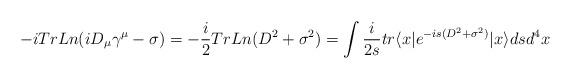
LaTeX: \begin{align*}-iTrLn (i D_{\mu}\gamma^{\mu} - \sigma) = -\frac{i}{2} Tr Ln (D^2 +\sigma^2) =\int \frac{i}{2s} tr \langle x|e^{-is(D^2+\sigma^2)}|x \rangle dsd^4x\end{align*}